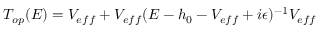
T _ { o p } ( E ) = V _ { e f f } + V _ { e f f } ( E - h _ { 0 } - V _ { e f f } + i \epsilon ) ^ { - 1 } V _ { e f f }